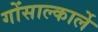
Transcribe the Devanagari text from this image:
गोंसाल्कार्ले